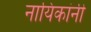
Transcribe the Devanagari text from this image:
नायिकांनी